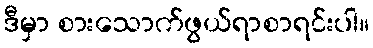
ဒီမှာ စားသောက်ဖွယ်ရာစာရင်းပါ။